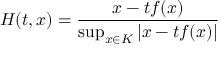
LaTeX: H ( t , x ) = { \frac { x - t f ( x ) } { \operatorname* { s u p } _ { x \in K } \left| x - t f ( x ) \right| } }